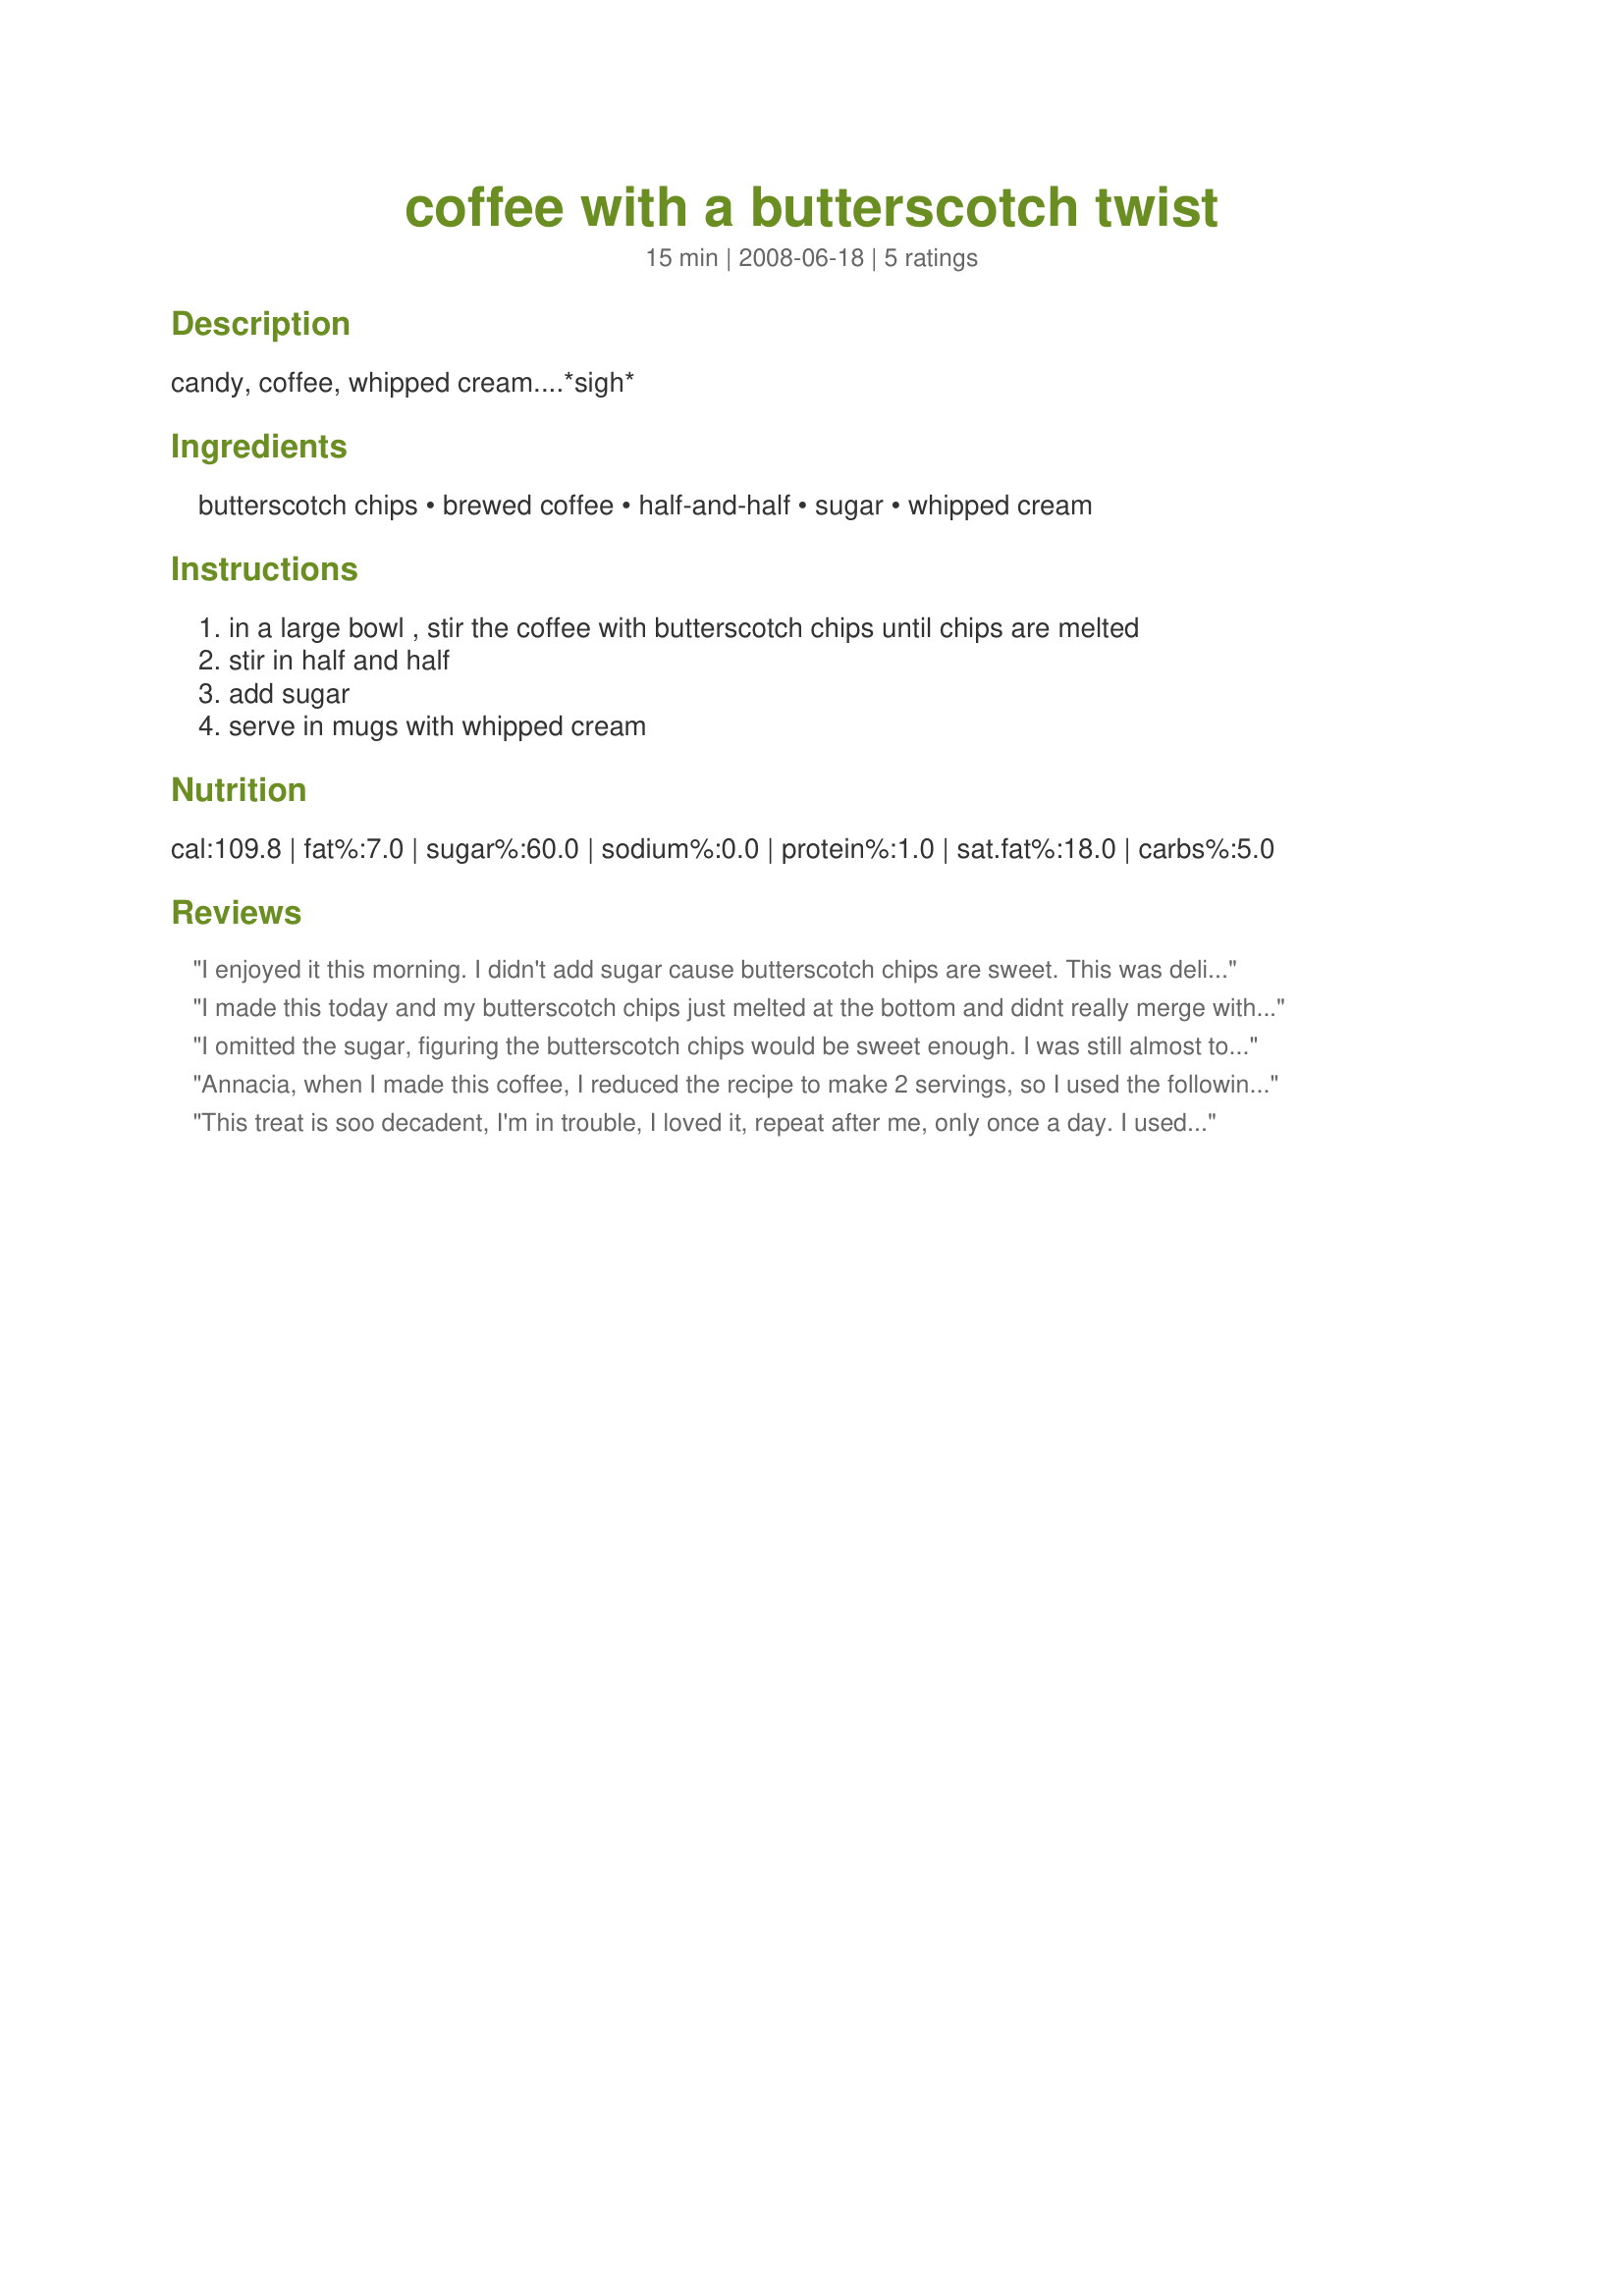
coffee with a butterscotch twist
Preparation time: 15 minutes

candy, coffee, whipped cream....*sigh*

Ingredients:
butterscotch chips, brewed coffee, half-and-half, sugar, whipped cream

Steps:
in a large bowl , stir the coffee with butterscotch chips until chips are melted, stir in half and half, add sugar, serve in mugs with whipped cream

Reviews:
I enjoyed it this morning. I didn't add sugar cause butterscotch chips are sweet. This was delicious. Thanks Annacia. Made for Please Review My Recipe.
I made this today and my butterscotch chips just melted at the bottom and didnt really merge with the coffee. I read the other reviews after making and I may try that method if I make this again. Thanks for sharing!
I omitted the sugar, figuring the butterscotch chips would be sweet enough. I was still almost too sweet. I did not have the problem melting the chips the other people did but I used leftover coffee that was cold and heated in the microwave so it was steaming before adding the chips.
Annacia, when I made this coffee, I reduced the recipe to make 2 servings, so I used the following amount of ingredients... 1-1/2 cups of water, 2 tablespoons of Folgers Black Silk Ground Coffee, 1/4 cup (plus 1/8 cup) of butterscotch chips, just 1 tablespoon of half-and-half, and I topped the coffee with some Reddi-Wip. It was delicious!
-
 One thing I did want to mention... I ended up adding the freshly brewed coffee and the butterscotch chips in a small saucepan, and cooked that over a low temp on top the stove, to help dissolve the chips into the coffee. I then added the half-and-half, and heated the coffee through. I did not add any sugar, as I found the butterscotch chips had sweetened the coffee enough. After I topped the coffee with some Reddi-Wip, I found I didn&#039;t need to drizzle on the butterscotch syrup, as I don&#039;t think it really needs it.
This treat is soo decadent, I'm in trouble, I loved it, repeat after me, only once a day. I used a really strong blend of Kona Coffee for a sweet, rich, creamy drink. The whip cream is the perfect topping. I garnished my coffee with some melted butterscotch chips and canned cream. Thanks for sharing another winner Coffee Queen.
